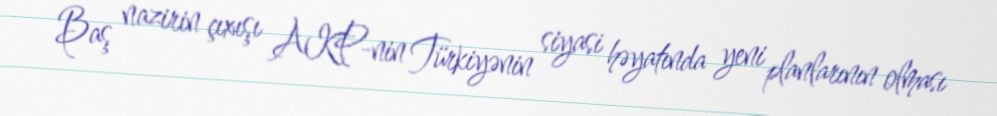
Baş nazirin çıxışı AKP-nin Türkiyənin siyasi həyatında yeni planlarının olması